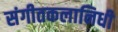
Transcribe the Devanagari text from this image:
संगीतकलानिधी